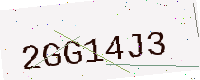
Text: 2GG14J3